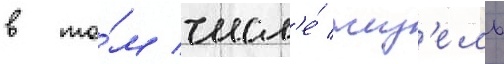
в то́м числ'е́ жиз'ель